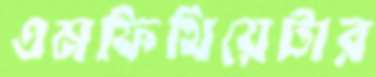
এমফিথিয়েটার